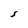
Character: S